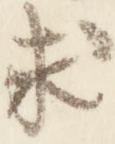
求